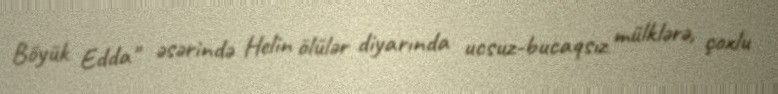
Böyük Edda" əsərində Helin ölülər diyarında ucsuz-bucaqsız mülklərə, çoxlu